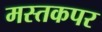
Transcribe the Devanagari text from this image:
मस्तकपर